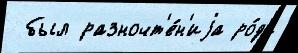
 был разночт'е́н'иjа ро́да